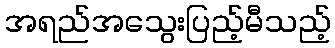
အရည်အသွေးပြည့်မီသည့်